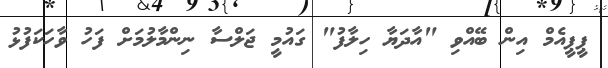
ޕީޕީއެމް އިން ބޭއްވި "އާދަޔާ ހިލާފު" ގައުމީ ޖަލްސާ ނިންމާލުމަށް ފަހު ވާހަކަފުޅު